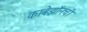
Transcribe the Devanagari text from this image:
काबेझॉनची